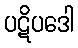
ပဋိပဒေါ